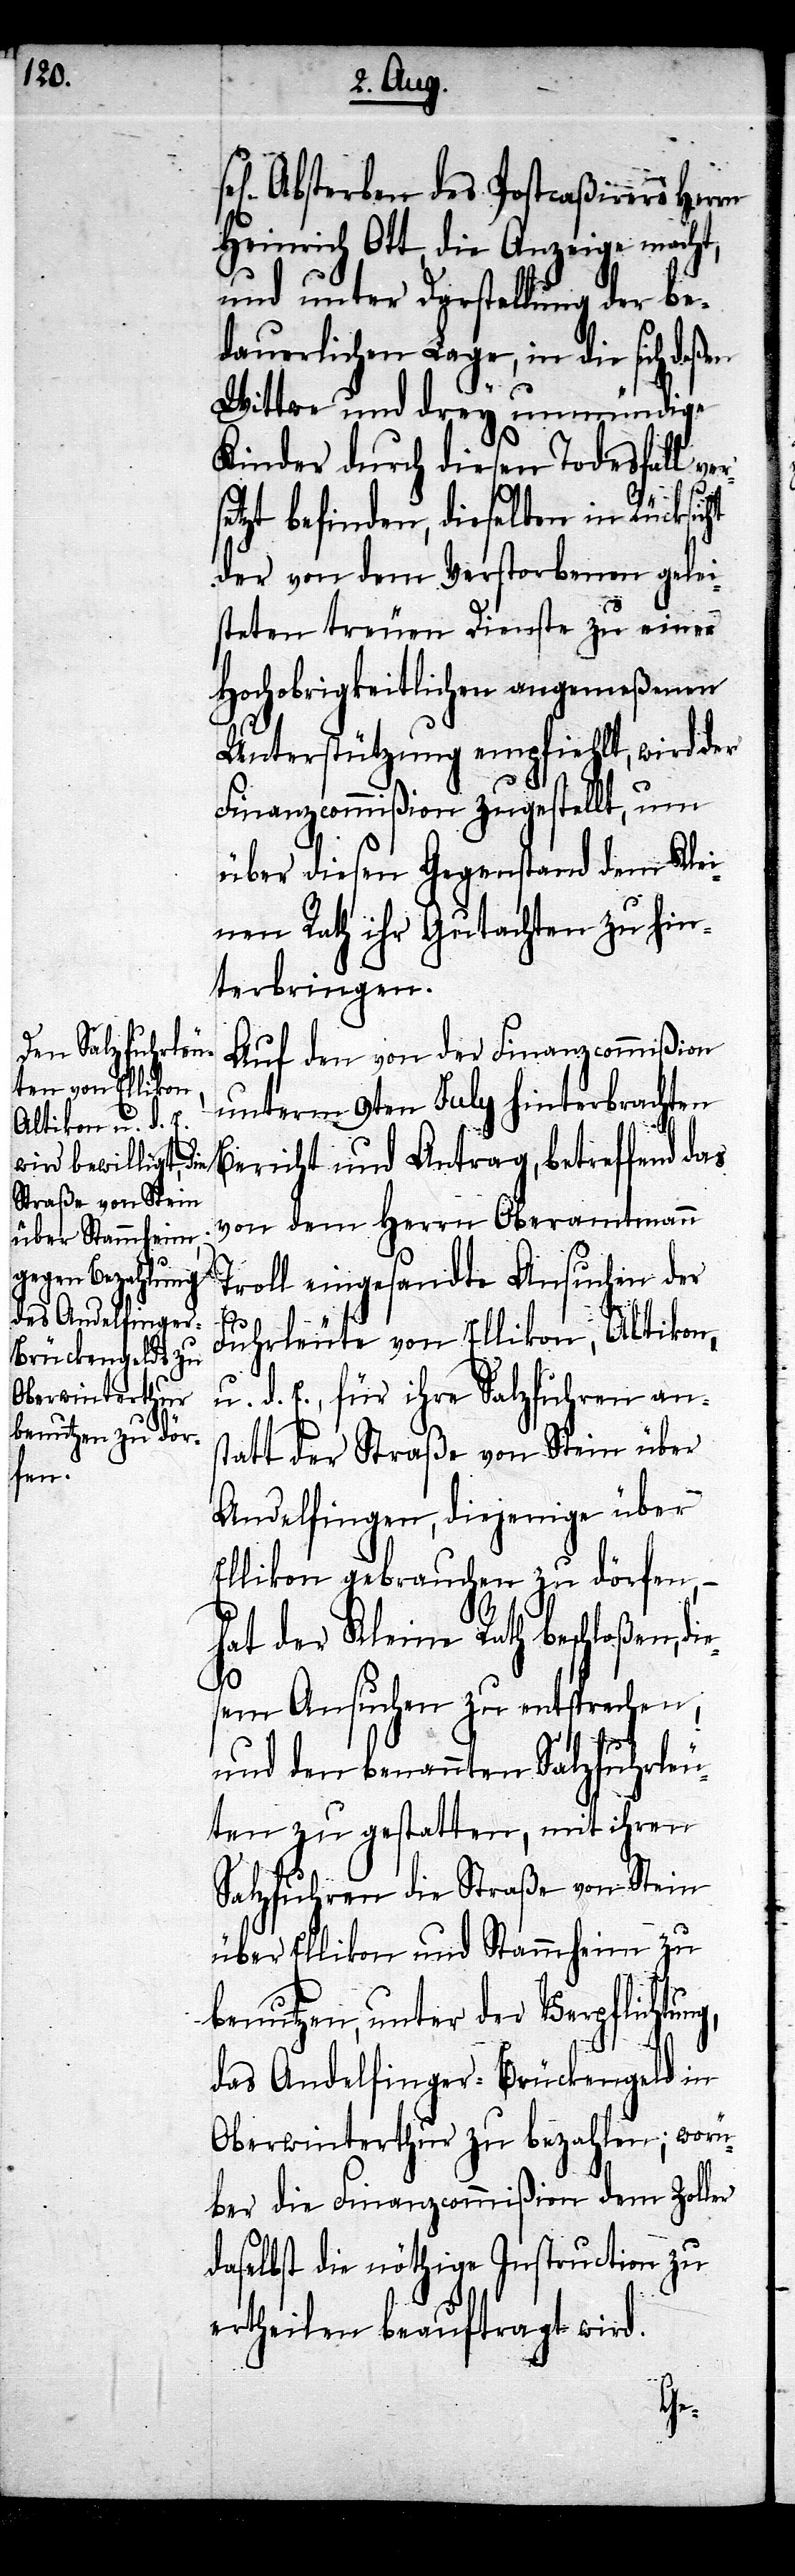
gen] Absterben des Postcaßirers Herrn
Heinrich Ott, die Anzeige macht,
und unter Darstellung der be¬
dauerlichen Lage, in die sich deßen
Wittwe und drey unmündige
Kinder durch diesen Todesfall ve¬
setzt befinden, dieselben in Rücksic¬
der von dem Verstorbenen gelei¬
steten treuen Dienste zu einer
Hochobrigkeitlichen angemeßenen
Unterstützung empfiehlt, wird der
Finanzcommißion zugestellt, um
über diesen Gegenstand dem Klei¬
nen Rath ihr Gutachten zu hin¬
terbringen.
Auf den von der Finanzcommißion
unterm 9ten July hinterbrachten
Bericht und Antrag, betreffend das
von dem Herrn Oberamtmann
Troll eingesandte Ansuchen der
Fuhrleute von Ellikon, Altikon,
u. d. E., für ihre Salzfuhren ans¬
tatt der Straße von Stein über
Andelfingen, diejenige über
Ellikon gebrauchen zu dörfen,
hat der Kleine Rath beschloßen, di¬
sem Ansuchen zu entsprechen,
und den benannten Salzfuhrleu¬
ten zu gestatten, mit ihren
Salzfuhren die Straße von Stein
über Ellikon und Stammheim zu
benutzen, unter der Verpflichtun¬
das Andelfinger-Brückengeld in
Oberwinterthur zu bezahlen; worü¬
ber die Finanzcommißion dem Zoller
daselbst die nöthige Instruction zu
ertheilen beauftragt wird.
g,